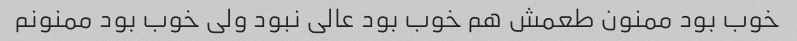
خوب بود ممنون طعمش هم خوب بود عالی نبود ولی خوب بود ممنونم